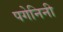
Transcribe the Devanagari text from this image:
पगेनिनी